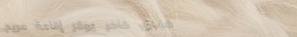
فندق فاخر يوفر إقامة مريح